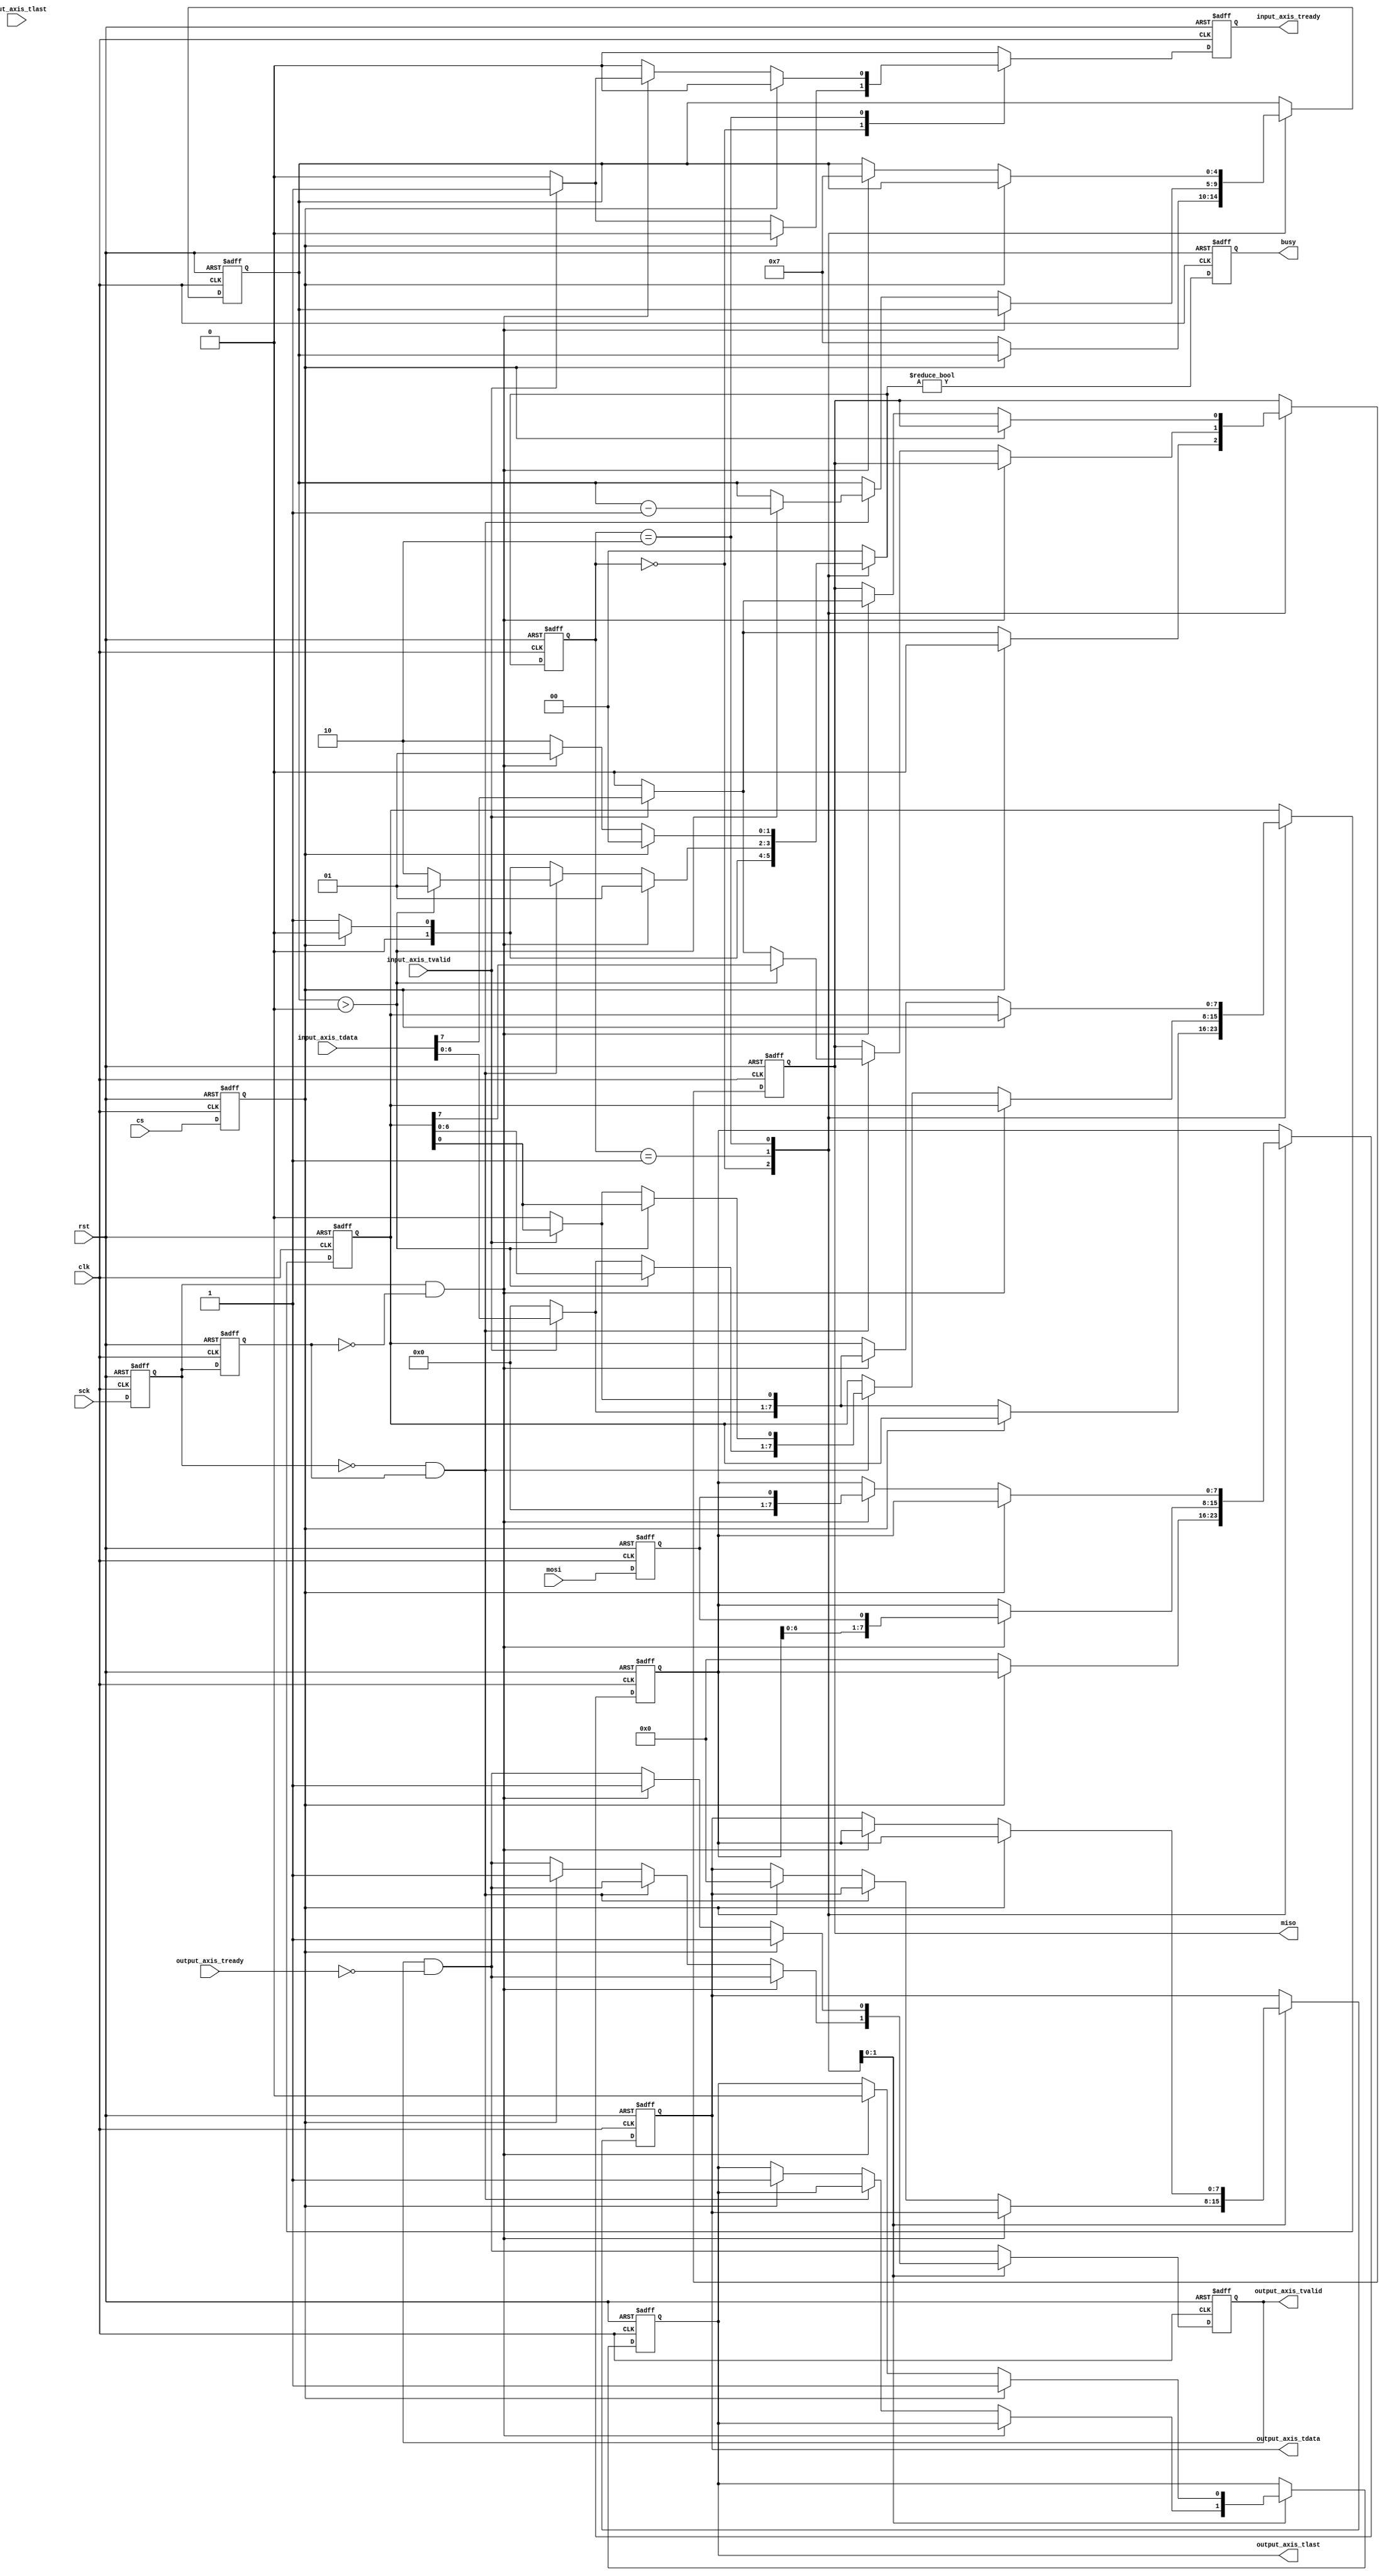
module axis_spi_slave #
(
    parameter DATA_WIDTH = 8
)
(
    input  wire                   clk,
    input  wire                   rst,
    input  wire [DATA_WIDTH-1:0]  input_axis_tdata,
    input  wire                   input_axis_tvalid,
    output wire                   input_axis_tready,
    input  wire                   input_axis_tlast,
    output wire [DATA_WIDTH-1:0]  output_axis_tdata,
    output wire                   output_axis_tvalid,
    input  wire                   output_axis_tready,
    output wire                   output_axis_tlast,
    input  wire                   cs,
    input  wire                   sck,
    input  wire                   mosi,
    output wire                   miso,
    output wire                   busy
);
localparam [1:0]
    STATE_IDLE = 2'd0,
    STATE_TRANSFER = 2'd1,
    STATE_WAIT = 2'd2;
reg [1:0] state_reg = STATE_IDLE, state_next;
reg [DATA_WIDTH-1:0] tx_data_reg = 0, tx_data_next;
reg [DATA_WIDTH-1:0] rx_data_reg = 0, rx_data_next;
reg [4:0] bit_cnt_reg = 0, bit_cnt_next;
reg input_axis_tready_reg = 0, input_axis_tready_next;
reg [DATA_WIDTH-1:0] output_axis_tdata_reg = 0, output_axis_tdata_next;
reg output_axis_tvalid_reg = 0, output_axis_tvalid_next;
reg output_axis_tlast_reg = 0, output_axis_tlast_next;
reg cs_reg = 1;
reg sck_reg = 0;
reg mosi_reg = 0;
reg miso_reg = 0, miso_next;
reg busy_reg = 0;
assign input_axis_tready = input_axis_tready_reg;
assign output_axis_tdata = output_axis_tdata_reg;
assign output_axis_tvalid = output_axis_tvalid_reg;
assign output_axis_tlast = output_axis_tlast_reg;
assign miso = miso_reg;
assign busy = busy_reg;
reg sck_last_reg = 0;
wire sck_posedge = sck_reg & !sck_last_reg;
wire sck_negedge = !sck_reg & sck_last_reg;
always @* begin
    state_next = 0;
    tx_data_next = tx_data_reg;
    rx_data_next = rx_data_reg;
    bit_cnt_next = bit_cnt_reg;
    input_axis_tready_next = 0;
    output_axis_tdata_next = output_axis_tdata_reg;
    output_axis_tvalid_next = output_axis_tvalid_reg & ~output_axis_tready;
    output_axis_tlast_next = output_axis_tlast_reg;
    miso_next = miso_reg;
    case (state_reg)
        STATE_IDLE: begin
            if (cs_reg) begin
                miso_next = 0;
                state_next = STATE_IDLE;
            end else begin
                if (input_axis_tvalid) begin
                    {miso_next, tx_data_next[DATA_WIDTH-1:1]} = input_axis_tdata;
                    input_axis_tready_next = 1;
                end else begin
                    miso_next = 0;
                    tx_data_next = 0;
                end
                rx_data_next = 0;
                bit_cnt_next = DATA_WIDTH-1;
                state_next = STATE_TRANSFER;
            end
        end
        STATE_TRANSFER: begin
            if (sck_posedge) begin
                rx_data_next = {rx_data_reg[DATA_WIDTH-2:0], mosi_reg};
                state_next = STATE_TRANSFER;
            end else if (sck_negedge) begin
                if (bit_cnt_reg > 0) begin
                    {miso_next, tx_data_next[DATA_WIDTH-1:1]} = tx_data_reg;
                    bit_cnt_next = bit_cnt_reg - 1;
                    state_next = STATE_TRANSFER;
                end else begin
                    if (input_axis_tvalid) begin
                        {miso_next, tx_data_next[DATA_WIDTH-1:1]} = input_axis_tdata;
                    end else begin
                        miso_next = 0;
                        tx_data_next = 0;
                    end
                    state_next = STATE_WAIT;
                end
            end else if (cs_reg) begin
                output_axis_tdata_next = 0;
                output_axis_tvalid_next = 1;
                output_axis_tlast_next = 1;
                state_next = STATE_IDLE;
            end else begin
                state_next = STATE_TRANSFER;
            end
        end
        STATE_WAIT: begin
            if (cs_reg) begin
                output_axis_tdata_next = rx_data_reg;
                output_axis_tvalid_next = 1;
                output_axis_tlast_next = 1;
                state_next = STATE_IDLE;
            end else if (sck_posedge) begin
                output_axis_tdata_next = rx_data_reg;
                output_axis_tvalid_next = 1;
                output_axis_tlast_next = 0;
                if (input_axis_tvalid) begin
                    {miso_next, tx_data_next[DATA_WIDTH-1:1]} = input_axis_tdata;
                    input_axis_tready_next = 1;
                end else begin
                    miso_next = 0;
                    tx_data_next = 0;
                end
                rx_data_next = mosi_reg;
                bit_cnt_next = DATA_WIDTH-1;
                state_next = STATE_TRANSFER;
            end else begin
                state_next = STATE_WAIT;
            end
        end
    endcase
end
always @(posedge clk or posedge rst) begin
    if (rst) begin
        state_reg <= STATE_IDLE;
        tx_data_reg <= 0;
        rx_data_reg <= 0;
        bit_cnt_reg <= 0;
        cs_reg <= 1;
        sck_reg <= 0;
        mosi_reg <= 0;
        sck_last_reg <= 0;
        input_axis_tready_reg <= 0;
        output_axis_tdata_reg <= 0;
        output_axis_tvalid_reg <= 0;
        output_axis_tlast_reg <= 0;
        miso_reg <= 0;
        busy_reg <= 0;
    end else begin
        state_reg <= state_next;
        tx_data_reg <= tx_data_next;
        rx_data_reg <= rx_data_next;
        bit_cnt_reg <= bit_cnt_next;
        cs_reg <= cs;
        sck_reg <= sck;
        mosi_reg <= mosi;
        sck_last_reg <= sck_reg;
        input_axis_tready_reg <= input_axis_tready_next;
        output_axis_tdata_reg <= output_axis_tdata_next;
        output_axis_tvalid_reg <= output_axis_tvalid_next;
        output_axis_tlast_reg <= output_axis_tlast_next;
        miso_reg <= miso_next;
        busy_reg <= state_next != STATE_IDLE;
    end
end
endmodule